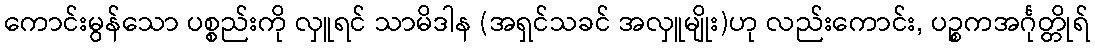
ကောင်းမွန်သော ပစ္စည်းကို လှူရင် သာမိဒါန (အရှင်သခင် အလှူမျိုး)ဟု လည်းကောင်း, ပဉ္စကအင်္ဂုတ္တိုရ်